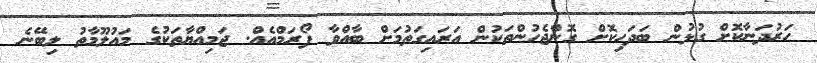
ހަރުދަނާކޮށް ގުޅުން ބަދަހިކޮށް ގޮންޖެހުންތަކުން އަރައިގަތުމަށް ބާއްވާ ފޯރަމްއެއް. ޖަމިއްޔާތަކުގެ މައުލޫމާތު ލިބޭނެ